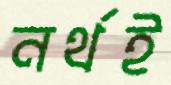
নর্থই